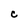
Character: C